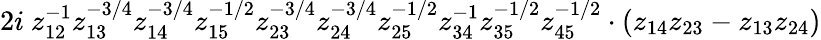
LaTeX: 2i\ z_{12}^{-1}z_{13}^{-3/4}z_{14}^{-3/4}z_{15}^{-1/2}z_{23}^{-3/4}z_{24}^{-3/4}z_{25}^{-1/2}z_{34}^{-1}z_{35}^{-1/2}z_{45}^{-1/2}\cdot(z_{14}z_{23}-z_{13}z_{24})